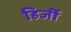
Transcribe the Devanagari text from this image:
हिर्जी